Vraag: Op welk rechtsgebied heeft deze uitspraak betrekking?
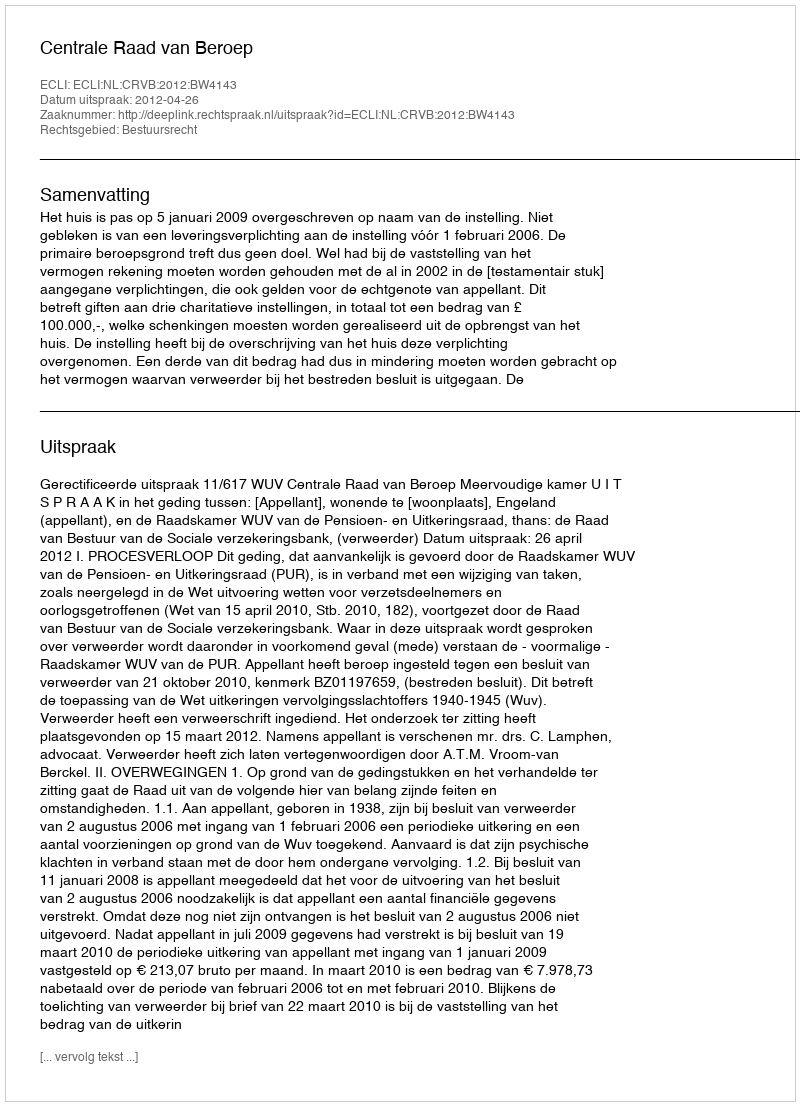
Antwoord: Bestuursrecht